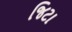
જિટા